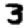
Digit: 3